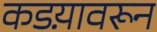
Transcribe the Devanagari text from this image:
कडय़ावरून